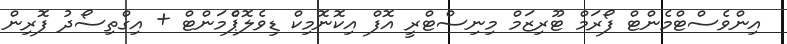
އިންވެސްޓްމެންޓް ފޯރަމް ޓޫރިޒަމް މިނިސްޓްރީ އޮފް އިކޮނޮމިކް ޑިވެލޮޕްެމަންޓް + އިގްތިސޯދު ފޮރިން